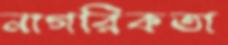
নাগরিকতা